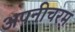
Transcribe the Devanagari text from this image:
अपनीचरम